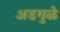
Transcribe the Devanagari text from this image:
अडगुळे